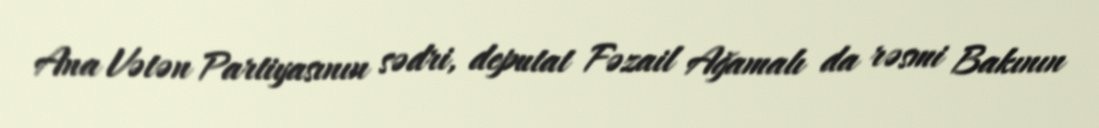
Ana Vətən Partiyasının sədri, deputat Fəzail Ağamalı da rəsmi Bakının